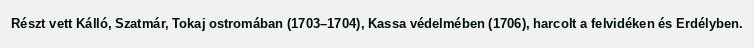
Részt vett Kálló, Szatmár, Tokaj ostromában (1703–1704), Kassa védelmében (1706), harcolt a felvidéken és Erdélyben.